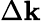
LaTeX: \Delta\textbf{k}